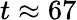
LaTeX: t\approx 67